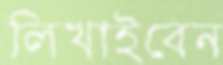
লিখাইবেন